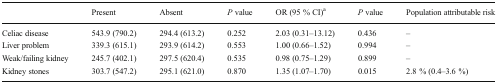
<table><thead><tr><td></td><td><b>Present</b></td><td><b>Absent</b></td><td><b><i>P</i> value</b></td><td><b>OR (95 % CI)<sup>a</sup></b></td><td><b><i>P</i> value</b></td><td><b>Population attributable risk</b></td></tr></thead><tbody><tr><td>Celiac disease</td><td>543.9 (790.2)</td><td>294.4 (613.2)</td><td>0.252</td><td>2.03 (0.31–13.12)</td><td>0.436</td><td>–</td></tr><tr><td>Liver problem</td><td>339.3 (615.1)</td><td>293.9 (614.2)</td><td>0.553</td><td>1.00 (0.66–1.52)</td><td>0.994</td><td>–</td></tr><tr><td>Weak/failing kidney</td><td>245.7 (402.1)</td><td>297.5 (620.4)</td><td>0.535</td><td>0.98 (0.75–1.29)</td><td>0.899</td><td>–</td></tr><tr><td>Kidney stones</td><td>303.7 (547.2)</td><td>295.1 (621.0)</td><td>0.870</td><td>1.35 (1.07–1.70)</td><td>0.015</td><td>2.8 % (0.4–3.6 %)</td></tr></tbody></table>